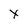
Character: Y